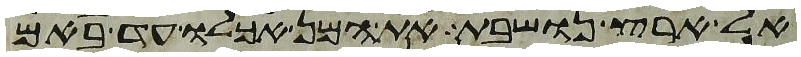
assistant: אל ארץ נושבת את המן אכלו עד באם